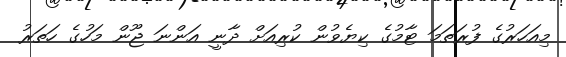
މިއަހަރުގެ ފުރަތަމަ ޓާމުގެ ކިޔެވުން ކުރިއަށް ދާނީ އަންނަ ޖޫން މަހުގެ ހަތަރު